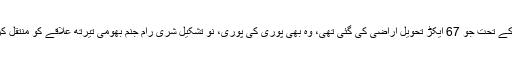
اجودھیا قانون کے تحت جو 67 ایکڑ تحویل اراضی کی گئی تھی، وہ بھی پوری کی پوری، نو تشکیل شری رام جنم بھومی تیرتھ علاقے کو منتقل کر دیا جائے گا۔